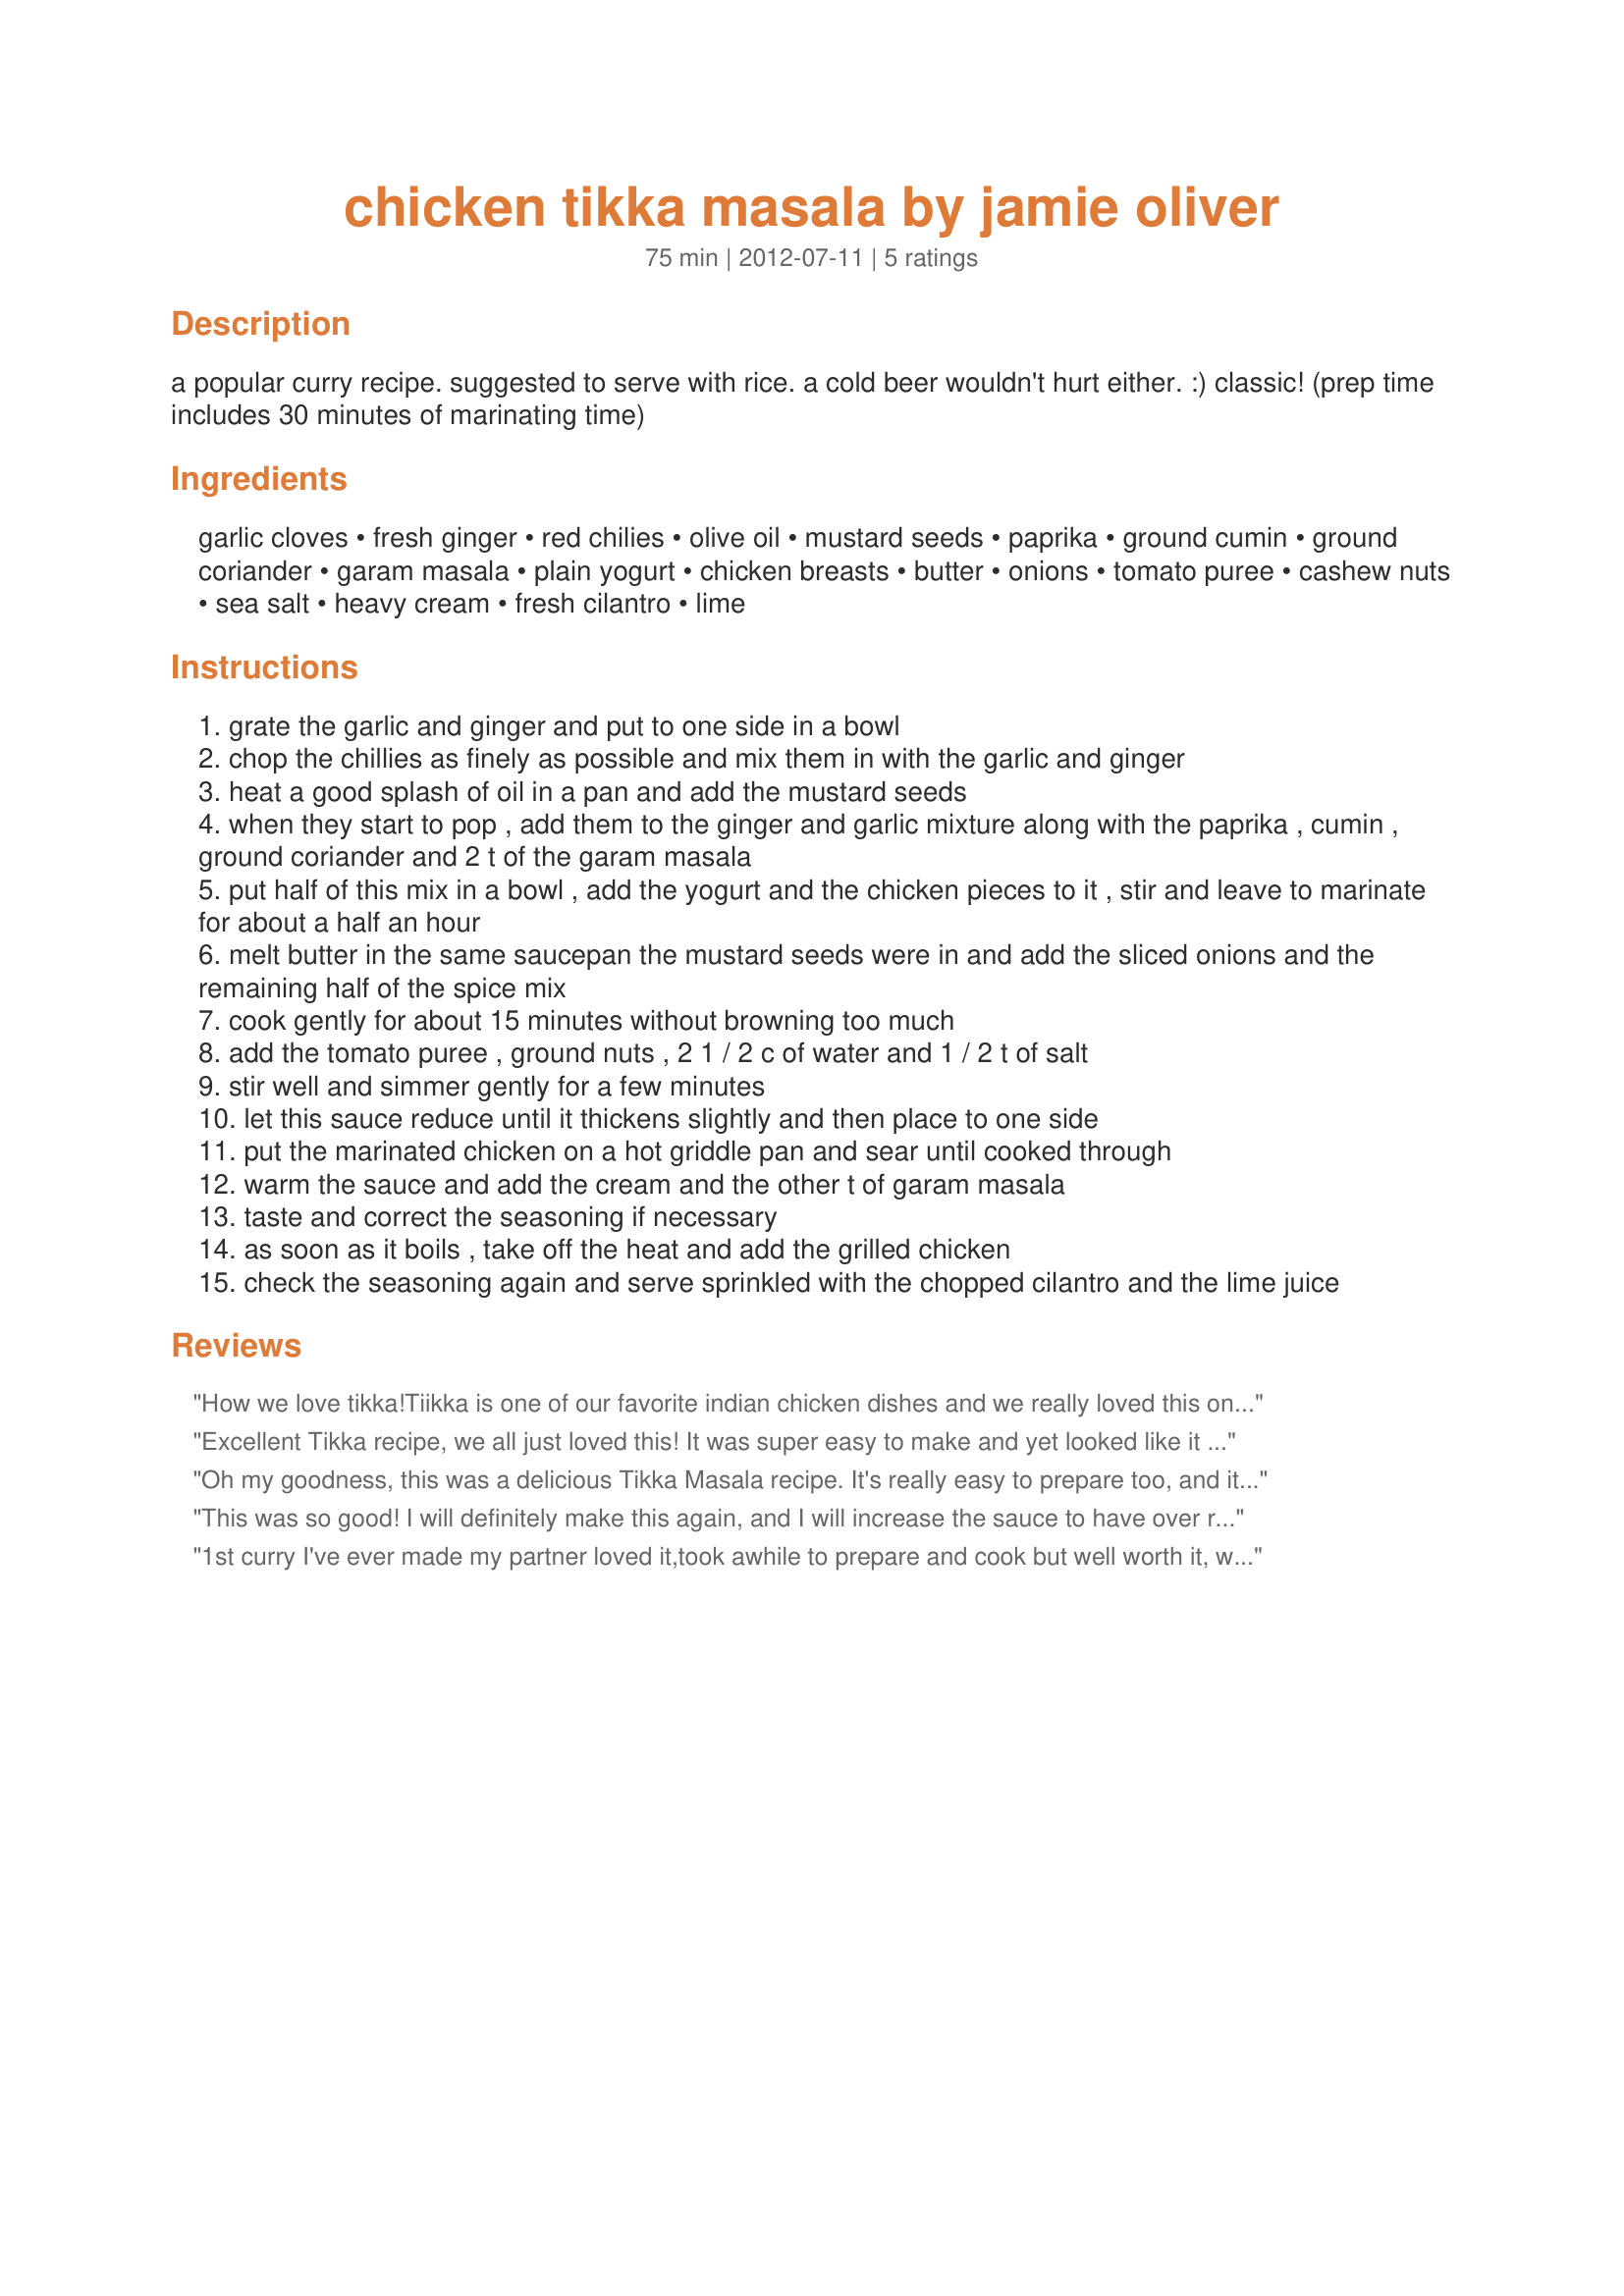
chicken tikka masala by jamie oliver
Preparation time: 75 minutes

a popular curry recipe. suggested to serve with rice. a cold beer wouldn't hurt either. :) classic! (prep time includes 30 minutes of marinating time)

Ingredients:
garlic cloves, fresh ginger, red chilies, olive oil, mustard seeds, paprika, ground cumin, ground coriander, garam masala, plain yogurt, chicken breasts, butter, onions, tomato puree, cashew nuts, sea salt, heavy cream, fresh cilantro, lime

Steps:
grate the garlic and ginger and put to one side in a bowl
chop the chillies as finely as possible and mix them in with the garlic and ginger
heat a good splash of oil in a pan and add the mustard seeds
when they start to pop , add them to the ginger and garlic mixture along with the paprika , cumin , ground coriander and 2 t of the garam masala
put half of this mix in a bowl , add the yogurt and the chicken pieces to it , stir and leave to marinate for about a half an hour
melt butter in the same saucepan the mustard seeds were in and add the sliced onions and the remaining half of the spice mix
cook gently for about 15 minutes without browning too much
add the tomato puree , ground nuts , 2 1 / 2 c of water and 1 / 2 t of salt
stir well and simmer gently for a few minutes
let this sauce reduce until it thickens slightly and then place to one side
put the marinated chicken on a hot griddle pan and sear until cooked through
warm the sauce and add the cream and the other t of garam masala
taste and correct the seasoning if necessary
as soon as it boils , take off the heat and add the grilled chicken
check the seasoning again and serve sprinkled with the chopped cilantro and the lime juice

Reviews:
How we love tikka!<br/>Tiikka is one of our favorite indian chicken dishes and we really loved this one as well.<br/>The spice mixture was perfect and the recipe easy to follow.<br/>As we added the cream, the resulting color was not really appealing (but the taste delicious) and for this reason I simply placed it in a mold and broiled 2-3 minutes until the color changed to orange red. To serve I dusted with very small amounts or turmeric and red paprika. I also decorated it wih cherries tomatoes.<br/>Thanks a lot for this moist tikka recipe!
Excellent Tikka recipe, we all just loved this! It was super easy to make and yet looked like it took a lot of work. It was moist and flavourful, just delicious. Served it with basmati rice and chapati for an amazing meal. Thanks for posting! Made for ZWT #8 :)
Oh my goodness, this was a delicious Tikka Masala recipe. It's really easy to prepare too, and it goes together quite easily. I made it as written with no changes, and that's how it'll be when I make this again in the future. We had it for lunch, and it was delicious and such a treat over the usual soup or sandwich that we normally have at noon. Thanks, LifeIsGood. We all enjoyed this a lot! Made for Culinary Quest 2017 (Himalayas).
This was so good! I will definitely make this again, and I will increase the sauce to have over rice. Thank you! Made for CQ '17.
1st curry I've ever made my partner loved it,took awhile to prepare and cook but well worth it, will defaintantly cook it again
